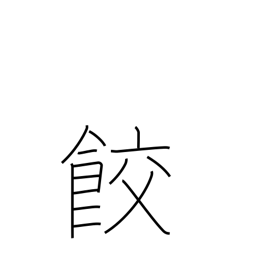
Meaning: gyoza